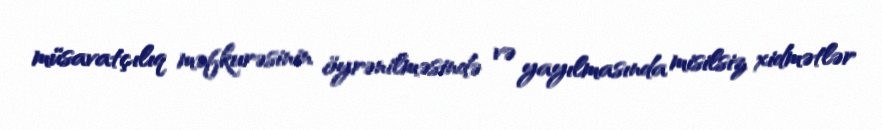
müsavatçılıq məfkurəsinin öyrənilməsində və yayılmasında misilsiz xidmətlər